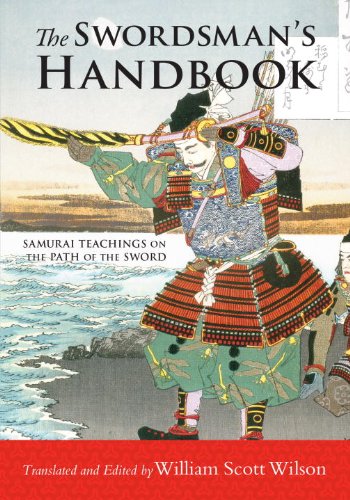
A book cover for The Swordsman's Handbook: Samurai Teachings on the Path of the Sword; Sports & Outdoors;